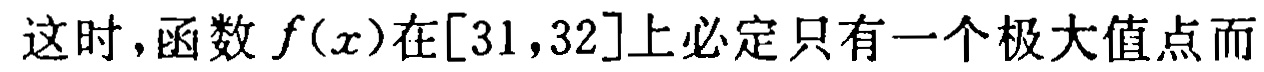
这时，函数 \(f(x)\)在\([31,32]\)上必定只有一个极大值点而